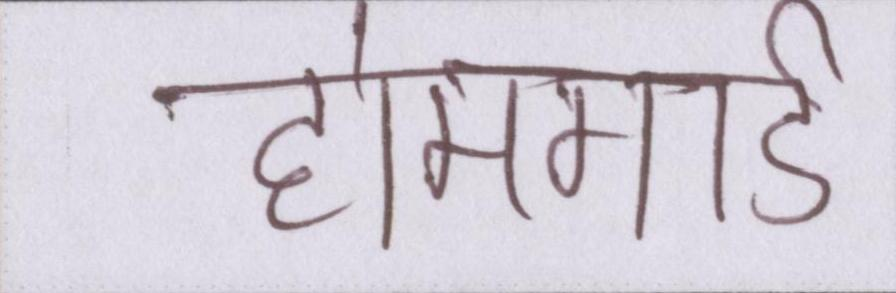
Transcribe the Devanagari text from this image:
होमगार्ड